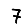
Digit: 7